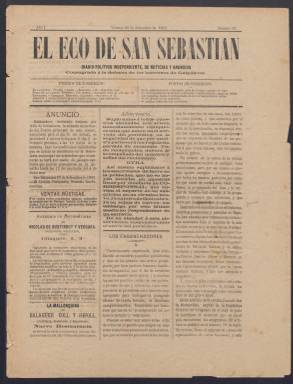
Título: El Eco de San Sebastián
Colección: Periódicos
Ámbito geográfico: Guipúzcoa
Lugar de publicación: San Sebastián
Fechas: 28/09/1883-30/11/1888